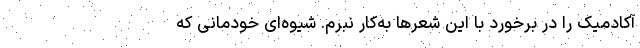
آکادمیک را در برخورد با این شعرها به‌کار نبرم. شیوه‌ای خودمانی که